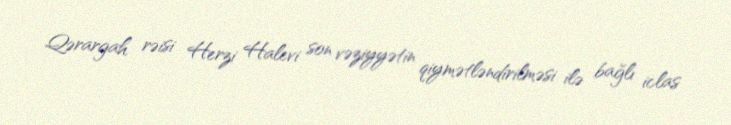
Qərargah rəisi Herzi Halevi son vəziyyətin qiymətləndirilməsi ilə bağlı iclas